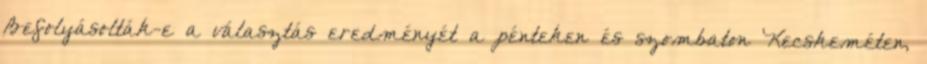
Befolyásolták-e a választás eredményét a pénteken és szombaton Kecskeméten,